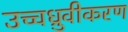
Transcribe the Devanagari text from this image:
उच्चध्रुवीकरण